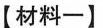
【材料一】